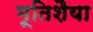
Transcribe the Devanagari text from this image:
भूतिशैया